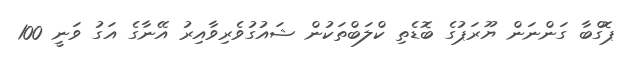
ޕޮގްބާ ގަންނަން ޔޫރަޕުގެ ބޮޑެތި ކްލަބްތަކުން ޝައުގުވެރިވާއިރު އޭނާގެ އަގު ވަނީ 100